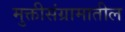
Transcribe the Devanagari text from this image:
मुक्तीसंग्रामातील